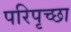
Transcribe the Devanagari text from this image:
परिपृच्छा